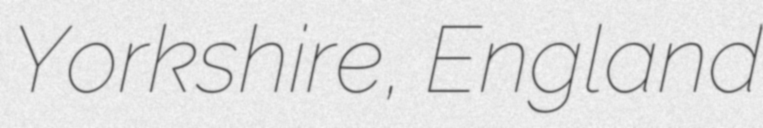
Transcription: Yorkshire, England